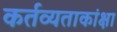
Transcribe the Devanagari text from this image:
कर्तव्यताकांक्षा